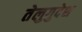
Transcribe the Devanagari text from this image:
तेलुगुदेश